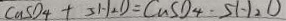
C a S O _ { 4 } + 5 H _ { 2 } O = C u S O _ { 4 } \cdot 5 H _ { 2 } O